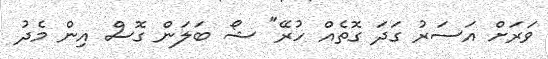
ވަރަށް އަސަރު ގަދަ ގޮތެއް ހުރޭ" ޝޯ ބަލަން ގޮސް އިން މެދު